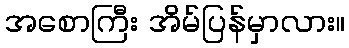
အစောကြီး အိမ်ပြန်မှာလား။